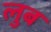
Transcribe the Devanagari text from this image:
लुब